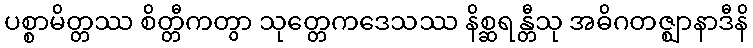
ပစ္စာမိတ္တဿ စိတ္တီကတွာ သုတ္တေကဒေသဿ နိစ္ဆရန္တီသု အဓိဂတဇ္ဈာနာဒီနိ